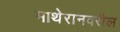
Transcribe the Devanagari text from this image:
माथेरानवरील